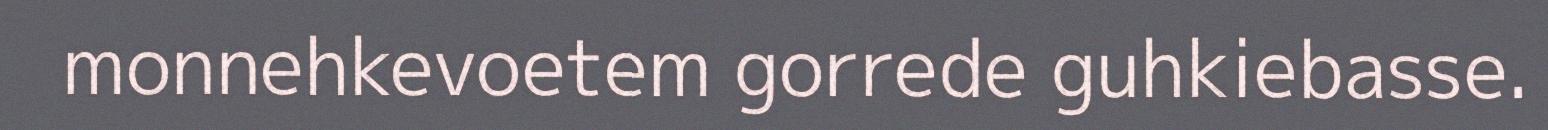
monnehkevoetem gorrede guhkiebasse.